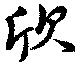
欣